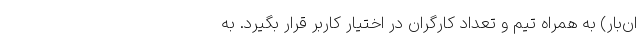
ان‌بار) به همراه تیم و تعداد کارگران در اختیار کاربر قرار بگیرد. به